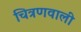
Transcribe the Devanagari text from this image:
चित्रणवाली